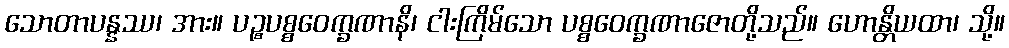
သောတာပန္နဿ၊ အား။ ပဉ္စပစ္စဝေက္ခဏာနိ၊ ငါးကြိမ်သော ပစ္စဝေက္ခဏာဇောတို့သည်။ ဟောန္တိယထာ၊ သို့။